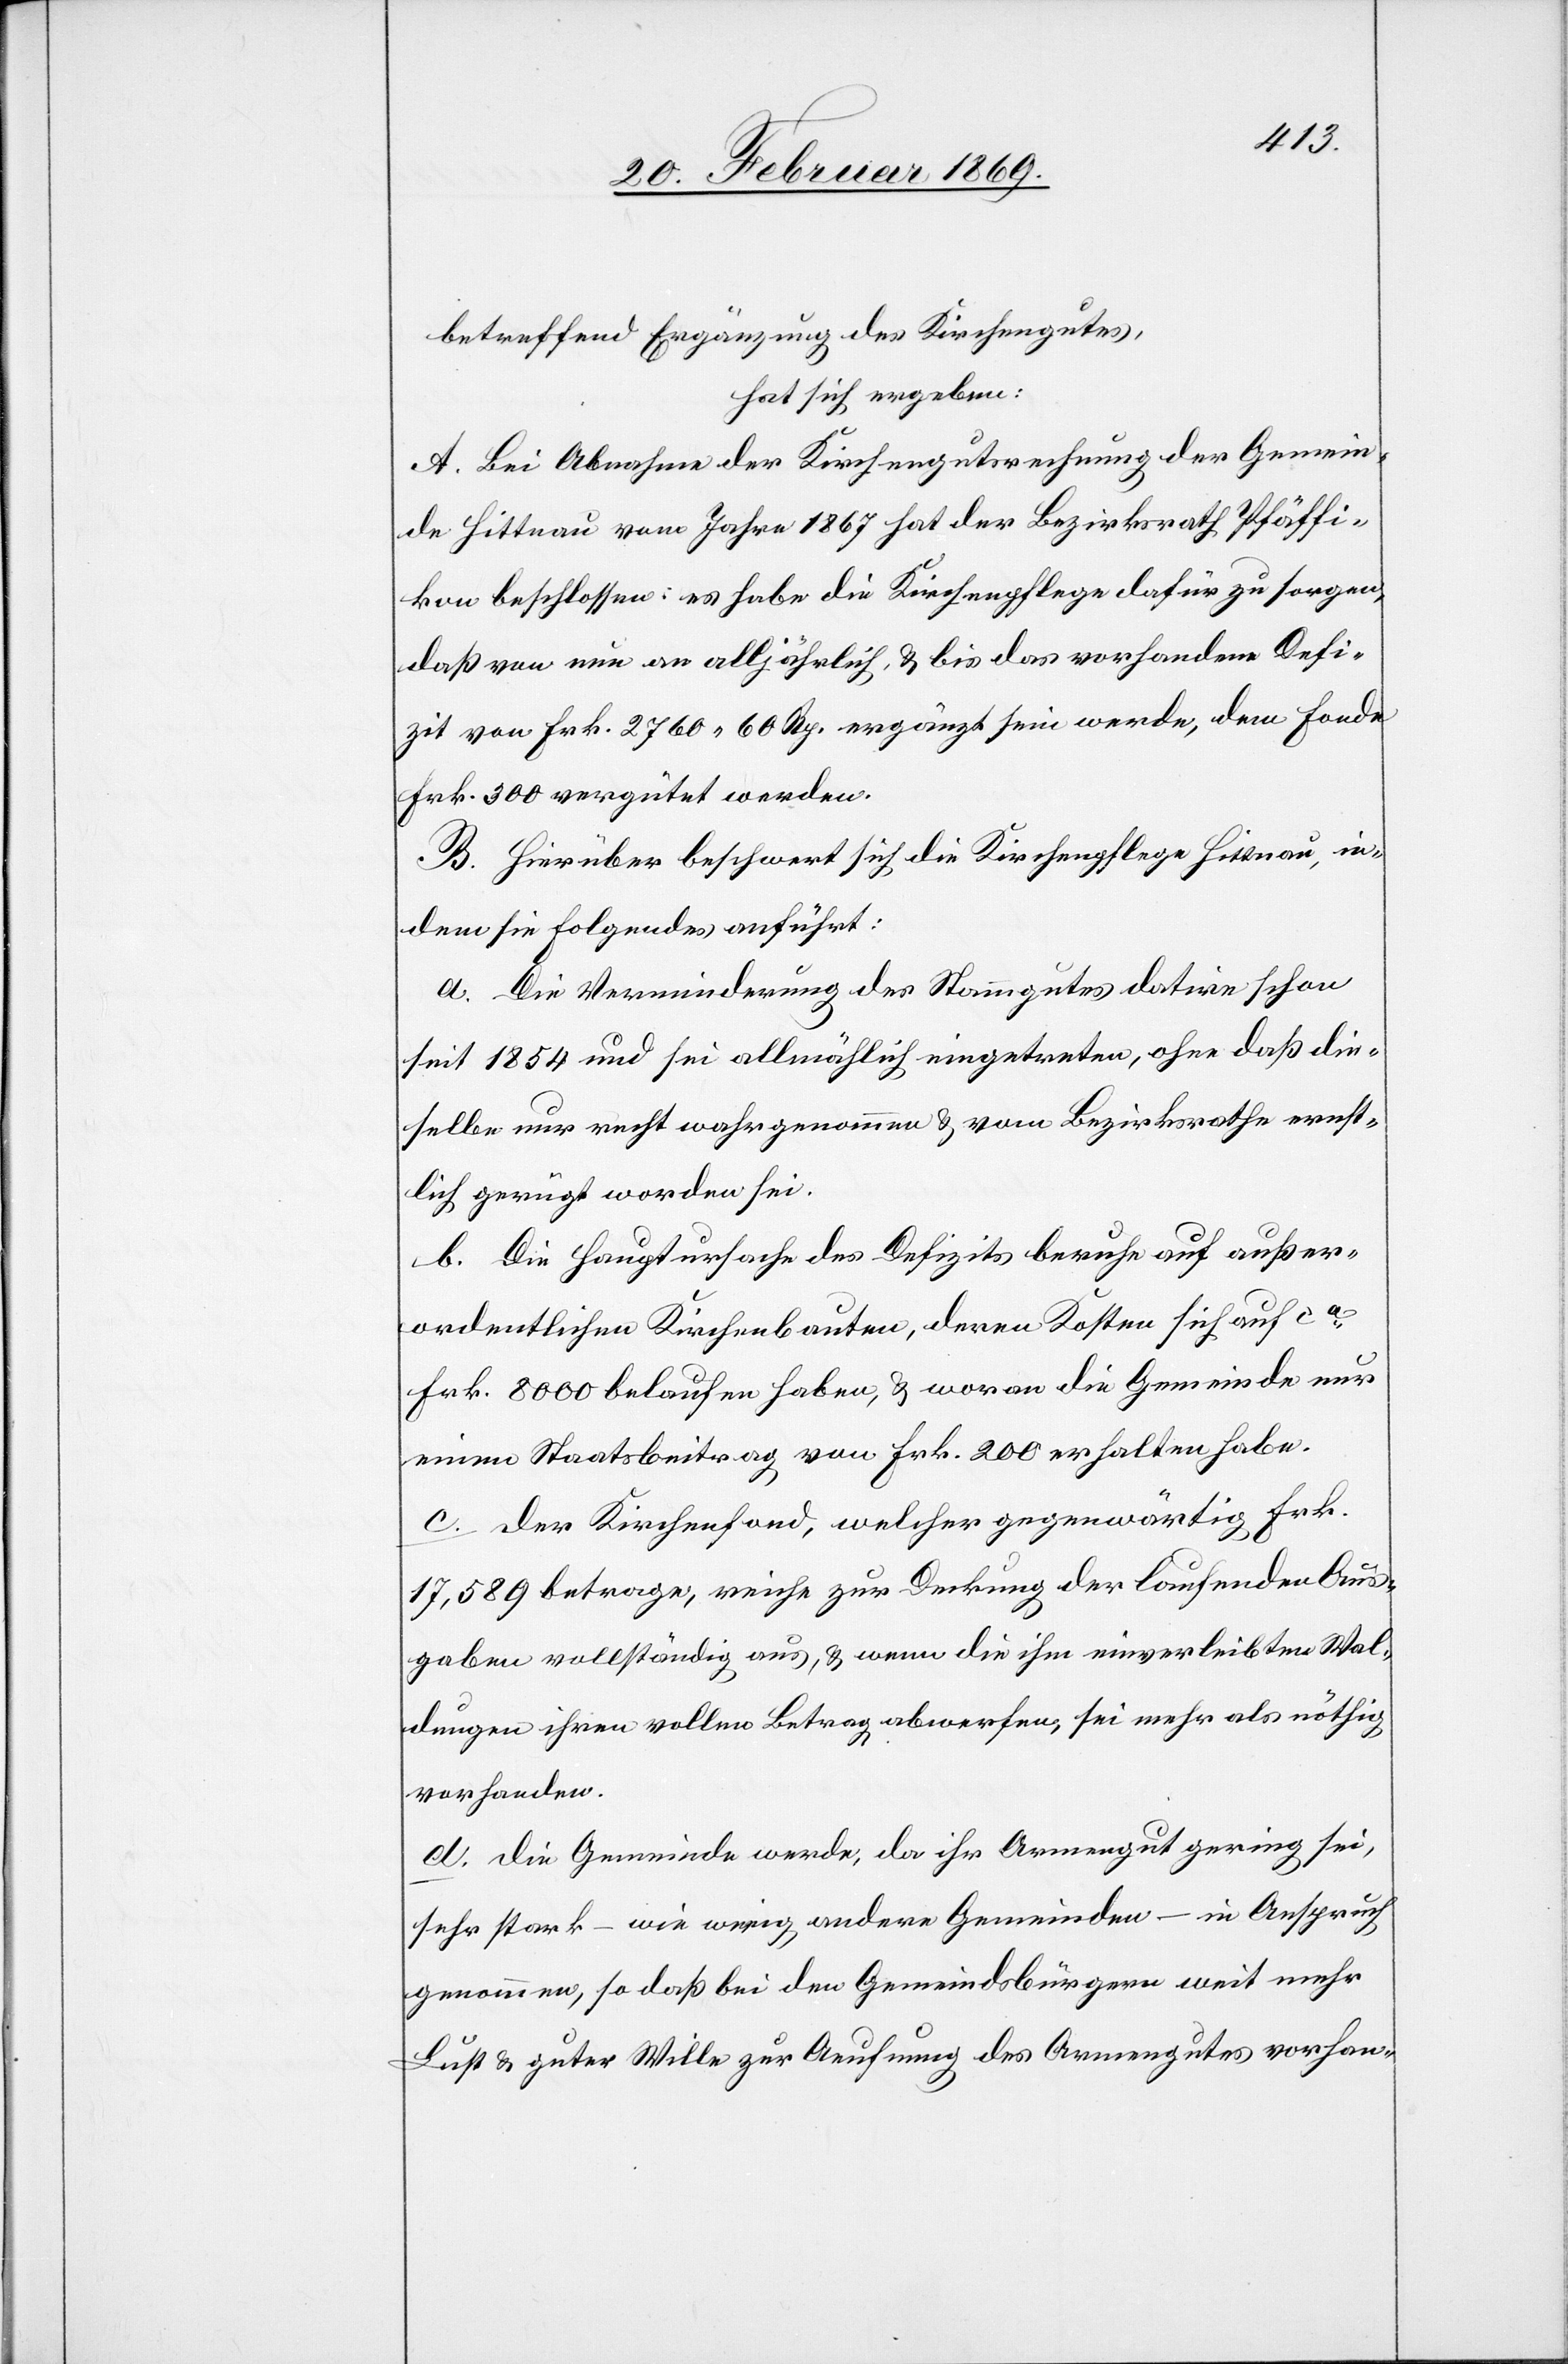
betreffend Ergänzung des Kirchengutes,
hat sich ergeben:
A. Bei Abnahme der Kirchengutsrechnung der Gemein¬
de Hittnau vom Jahre 1867 hat der Bezirksrath Pfäffi¬
kon beschlossen: es habe die Kirchenpflege dafür zu sorgen,
daß von nun an alljährlich, & bis das vorhandene Defi¬
zit von Frk. 2760 60 Rp. ergänzt sein werde, dem Fonde
Frk. 300 vergütet werden.
B. Hierüber beschwert sich die Kirchenpflege Hittnau, in¬
dem sie folgendes anführt:
a. Die Verminderung des Stammgutes datire schon
seit 1854 und sei allmählich eingetreten, ohne daß die¬
selbe nur recht wahrgenommen & vom Bezirksrathe ernst¬
lich gerügt worden sei.
b. Die Hauptursache des Defizits beruhe auf außer¬
ordentlichen Kirchenbauten, deren Kosten sich auf ca
Frk. 8000 belaufen haben, & wovon die Gemeinde nur
einen Staatsbeitrag von Frk. 200 erhalten habe.
c. Der Kirchenfond, welcher gegenwärtig Frk.
17,589 betrage, reiche zur Deckung der laufenden Aus¬
gaben vollständig aus, & wenn die ihm einverleibten Wal¬
dungen ihren vollen Betrag abwerfen, sei mehr als nötig
vorhanden.
d. Die Gemeinde werde, da ihr Armengut gering sei,
sehr stark – wie wenig andere Gemeinden – in Anspruch
genommen, so daß bei den Gemeindsbürgern weit mehr
Lust & guter Wille zur Aeufnung des Armengutes vorhan-